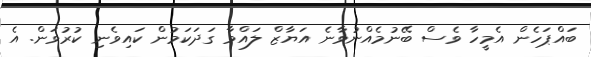
ބައްޕަހެން އެމީހާ ވެސް ބޭނުމެއްނުވާނެ އަޔާޒް ލައްވާ ގަދަކަމުން ކައިވެނި ކުރުވަން. އެ